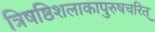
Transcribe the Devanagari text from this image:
त्रिषष्ठिशलाकापुरुषचरित्